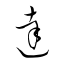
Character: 達